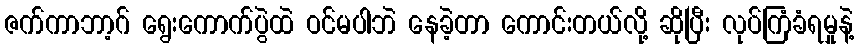
ဇက်ကာဘာ့ဂ် ရွေးကောက်ပွဲထဲ ဝင်မပါဘဲ နေခဲ့တာ ကောင်းတယ်လို့ ဆိုပြီး လုပ်ကြံခံရမှုနဲ့